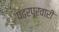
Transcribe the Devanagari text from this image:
पंढरपूरवारी